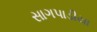
સાગપાડીયા